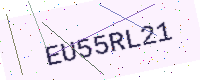
Text: EU55RL21